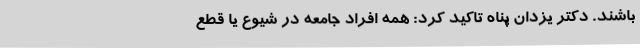
باشند. دکتر یزدان پناه تاکید کرد: همه افراد جامعه در شیوع یا قطع